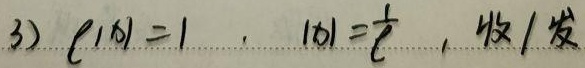
3) $\ell|x| = 1$, $|x|=\frac{1}{\ell}$, 收 / 发